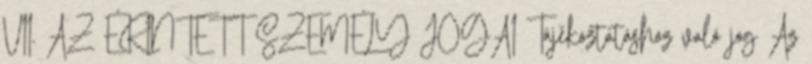
VII. AZ ÉRINTETT SZEMÉLY JOGAI Tájékoztatáshoz való jog Az